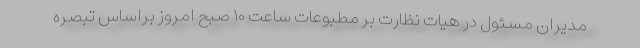
مدیران مسئول در هیات نظارت بر مطبوعات ساعت ۱۰ صبح امروز براساس تبصره